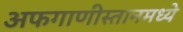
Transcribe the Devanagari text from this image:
अफगाणीस्तानमध्ये